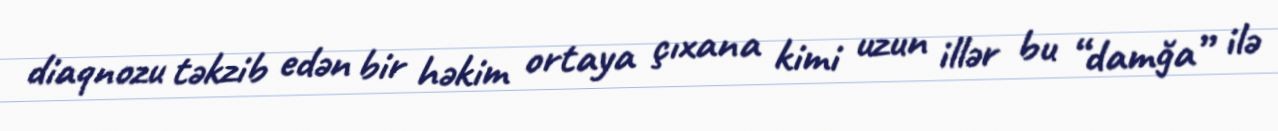
diaqnozu təkzib edən bir həkim ortaya çıxana kimi uzun illər bu “damğa” ilə